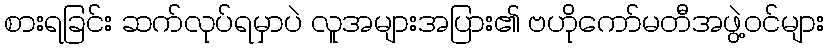
စားရခြင်း ဆက်လုပ်ရမှာပဲ လူအများအပြား၏ ဗဟိုကော်မတီအဖွဲ့ဝင်များ